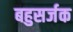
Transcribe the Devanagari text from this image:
बहुसर्जक